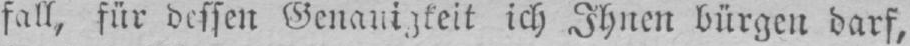
fall, für dessen Genauigkeit ich Ihnen bürgen darf,